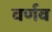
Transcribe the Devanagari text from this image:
वर्णव